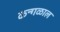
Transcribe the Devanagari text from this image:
कन्गळाल